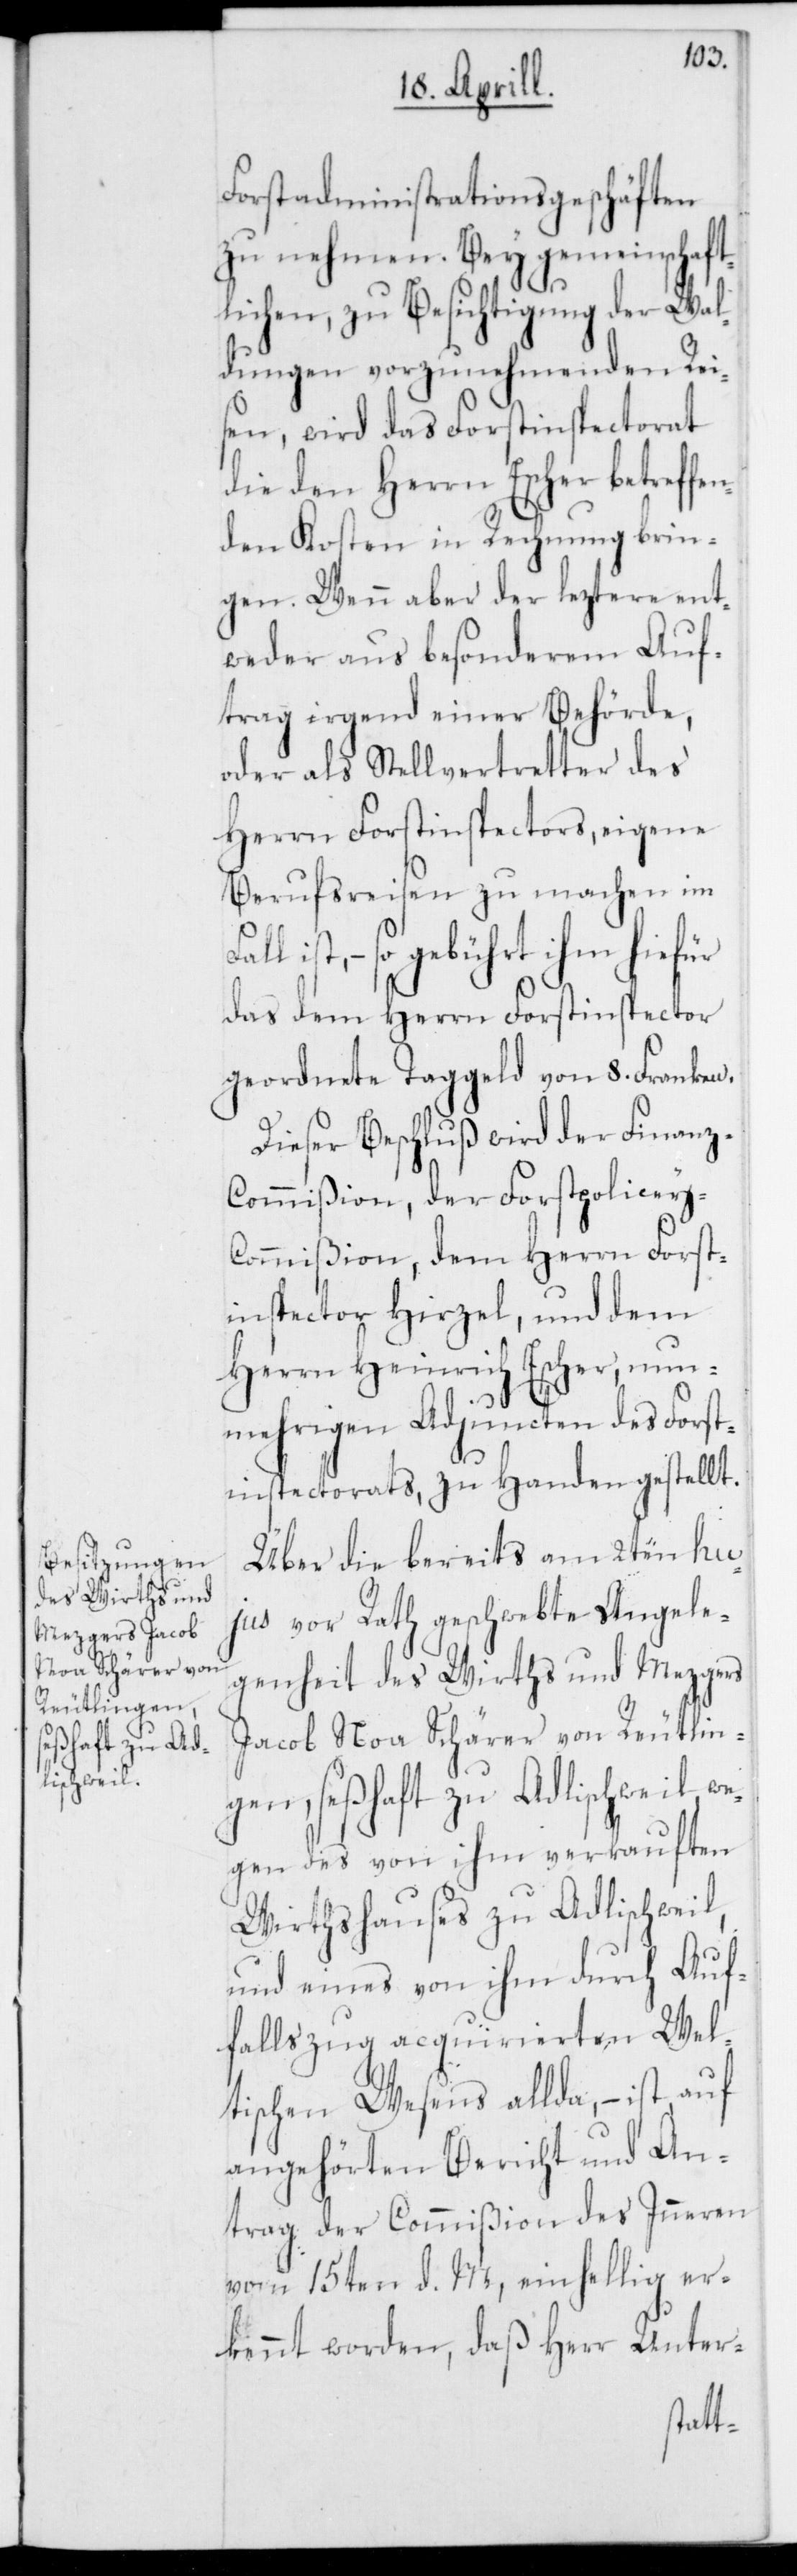
Forstadministrationsgeschäften
zu nehmen. Bey gemeinschaft¬
lichen, zu Besichtigung der Wal¬
dungen vorzunehmenden Rei¬
sen, wird das Forstinspectorat
die den Herrn Escher betreffe¬
nden Kosten in Rechnung brin¬
gen. Wenn aber der leztere ent¬
weder aus besonderem Auf¬
trag irgend einer Behörde,
oder als Stellvertreter des
Herrn Forstinspectors, eigene
Berufsreisen zu machen im
ist, – so gebührt ihm hiefür
das dem Herrn Forstinspector
geordnete Taggeld von 8. Franken.
Dieser Beschluß wird der Finan¬
z-Commißion, der Forstpolicey-C¬
ommißion, dem Herrn Forst¬
inspector Hirzel und dem
Herrn Heinrich Escher, nun¬
mehrigen Adjuncten des Forst¬
inspectorats, zu Handen gestellt.
Über die bereits am 2ten hu¬
jus vor Rath geschwebte Angele¬
genheit des Wirths und Mezgers
Jacob Noa Schärer von Reutlin¬
gen, seßhaft zu Adlischweil, w¬
egen des von ihm verkauften
Wirthshauses zu Adlischweil,
und eines von ihm durch Auf¬
fallszug acquirierten Wel¬
tischen Wesens allda, – ist auf
angehörten Bericht und An¬
trag der Commißion des Inneren
vom 15ten d. M., einhellig er¬
kennt worden, daß Herr Unter-